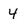
Character: 4